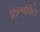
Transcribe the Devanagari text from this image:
दिल्बर्विले